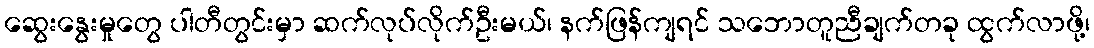
ဆွေးနွေးမှုတွေ ပါတီတွင်းမှာ ဆက်လုပ်လိုက်ဦးမယ်၊ နက်ဖြန်ကျရင် သဘောတူညီချက်တခု ထွက်လာဖို့၊